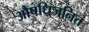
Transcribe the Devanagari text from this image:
औषधिजनित